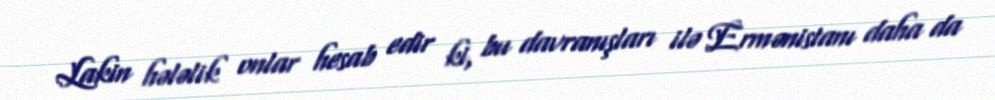
Lakin hələlik onlar hesab edir ki, bu davranışları ilə Ermənistanı daha da